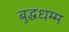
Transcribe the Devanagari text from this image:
बुद्धधम्म